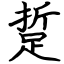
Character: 踅